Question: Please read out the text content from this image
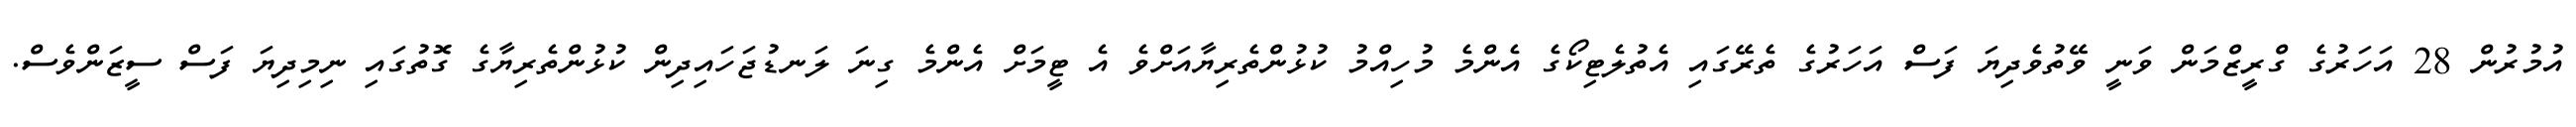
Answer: އުމުރުން 28 އަހަރުގެ ގްރީޒްމަން ވަނީ ވޭތުވެދިޔަ ފަސް އަހަރުގެ ތެރޭގައި އެތުލެޓިކޯގެ އެންމެ މުހިއްމު ކުޅުންތެރިޔާއަށްވެ އެ ޓީމަށް އެންމެ ގިނަ ލަނޑުޖަހައިދިން ކުޅުންތެރިޔާގެ ގޮތުގައި ނިމިދިޔަ ފަސް ސީޒަންވެސް.